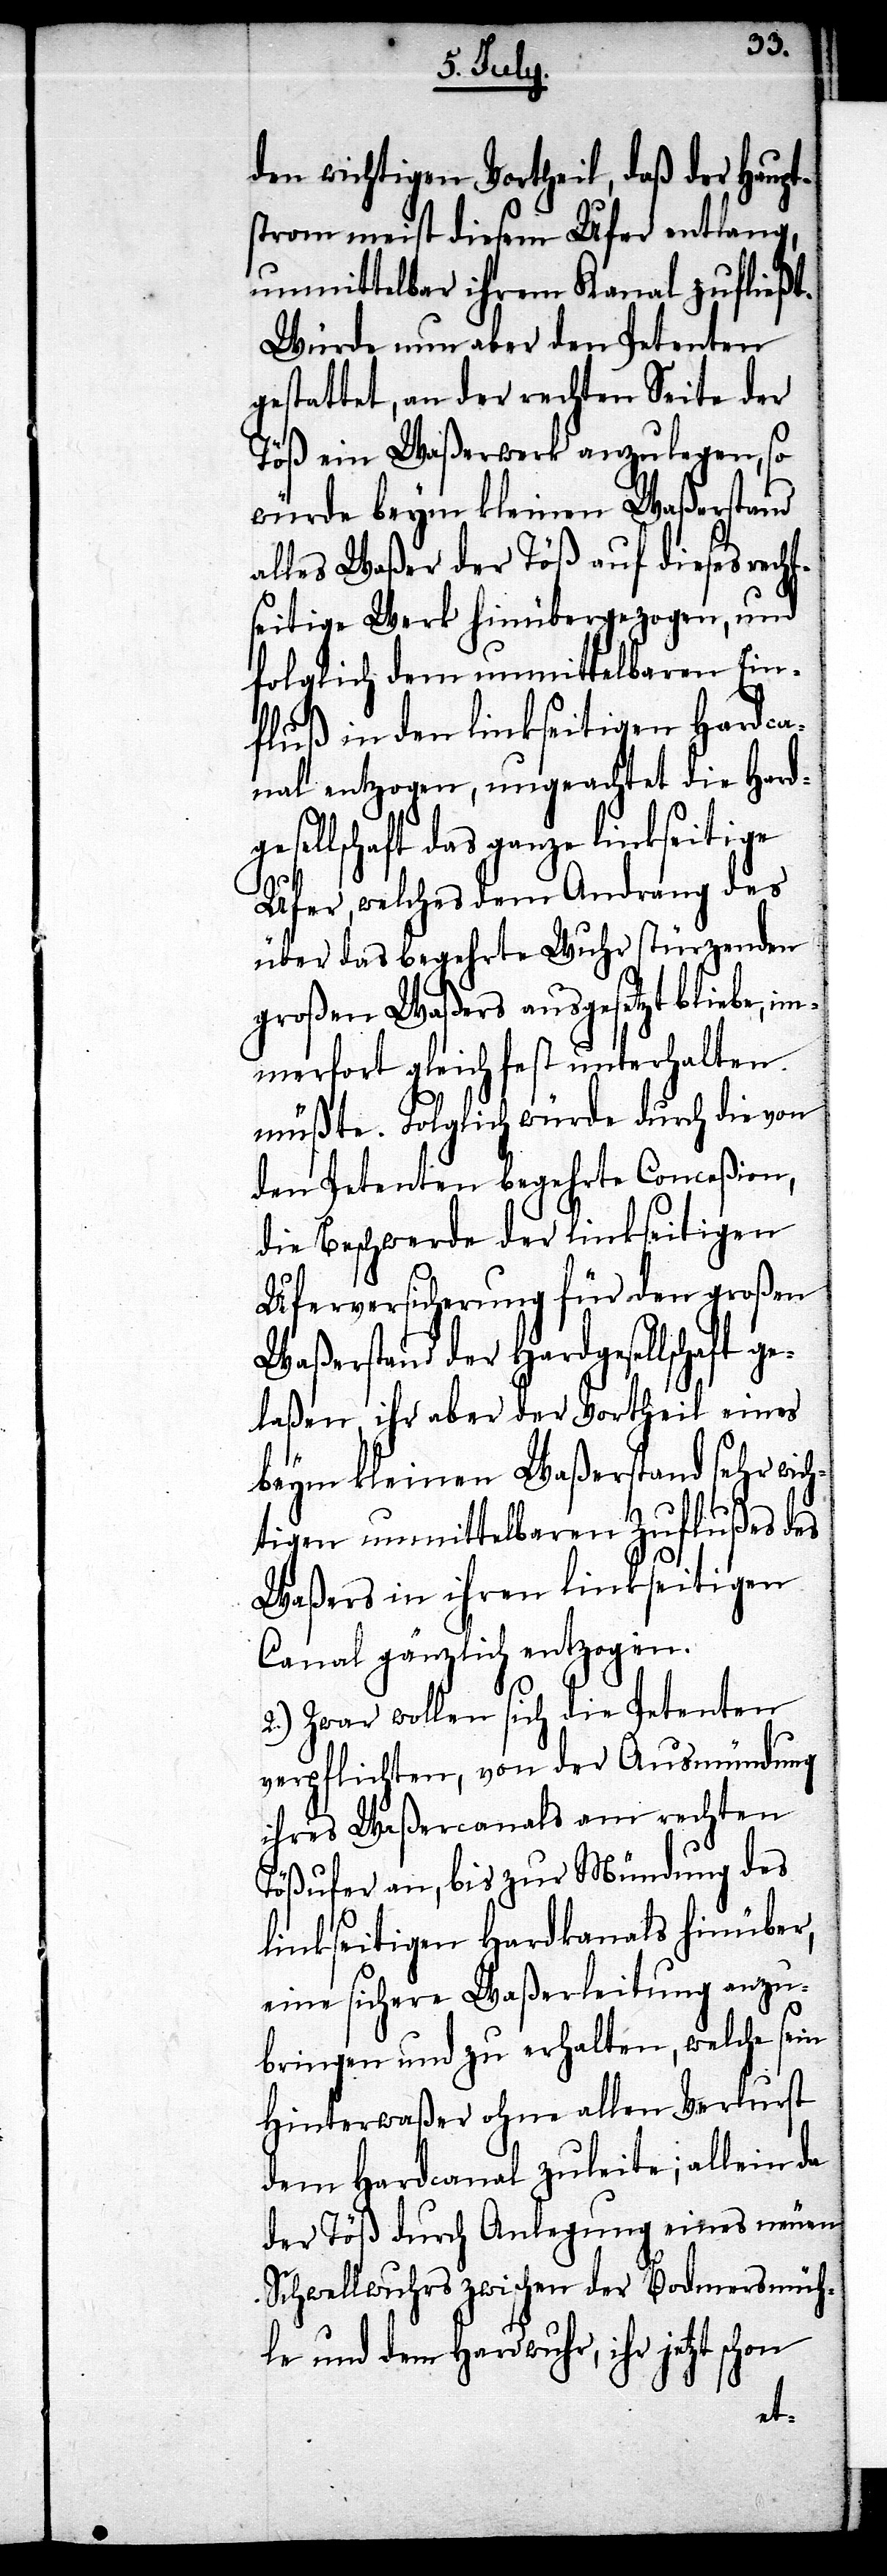
den wichtigen Vortheil, daß der Haupt¬
strom meist diesem Ufer entlang,
unmittelbar ihrem Kanal zufließt.
Würde nun aber den Petenten
gestattet, an der rechten Seite der
Töß ein Waßerwerk anzulegen, so
würde beym kleinen Waßerstand
alles Waßer der Töß auf dieses recht¬
seitige Werk hinübergezogen, und
folglich dem unmittelbaren Ein¬
fluß in den linkseitigen Hardca¬
nal entzogen, ungeachtet die Hardg¬
esellschaft das ganze linkseitige
Ufer, welches dem Andrang des
über das begehrte Wuhr stürzenden
großen Waßers ausgesetzt bliebe, im¬
merfort gleich fest unterhalten
müßte. Folglich würde durch die von
den Petenten begehrte Conceßion,
die Beschwerde der linkseitigen
Uferversicherung für den großen
Waßerstand der Hardgesellschaft ge¬
laßen, ihr aber der Vortheil eines
beym kleinen Waßerstand sehr wic¬
htigen unmittelbaren Zuflußes des
Waßers in ihren linkseitigen
Canal gänzlich entzogen.
2.) Zwar wollen sich die Petenten
verpflichten, von der Ausmündung
ihres Waßercanals am rechten
Tößufer an, bis zur Mündung des
linkseitigen Hardkanals hinüber,
eine sichere Waßerleitung anzu¬
bringen und zu erhalten, welche sein
Hinterwaßer ohne allen Verlust
dem Hardcanal zuleite; allein da
der Töß durch Anlegung eines neuen
Schwellwuhrs zwischen der Bodmersmüh¬
le und dem Hardwuhr, ihr jetzt schon